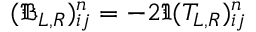
( \mathfrak { B } _ { L , R } ) _ { i j } ^ { n } = - 2 \Im ( T _ { L , R } ) _ { i j } ^ { n }